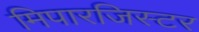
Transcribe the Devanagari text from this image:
मिपारजिस्टर